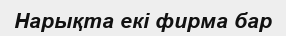
Нарықта екі фирма бар